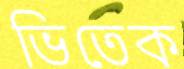
ভিতেক